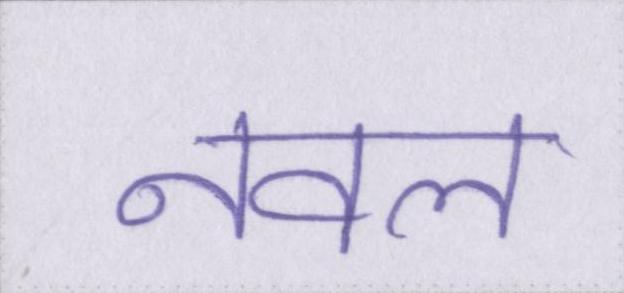
नवल